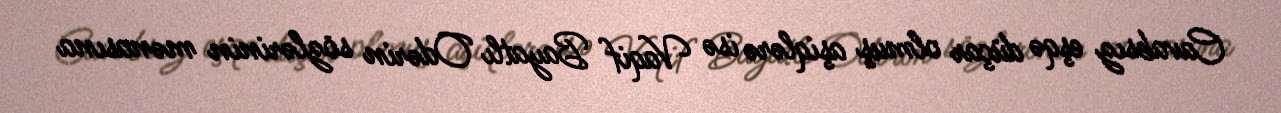
Cavabsız eşqə düçar olmuş aşiqlərə isə Vaqif Bayatlı Odərin sözlərinin mənasına